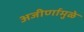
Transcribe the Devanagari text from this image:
अजीर्णामुळे